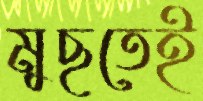
মুছতেই